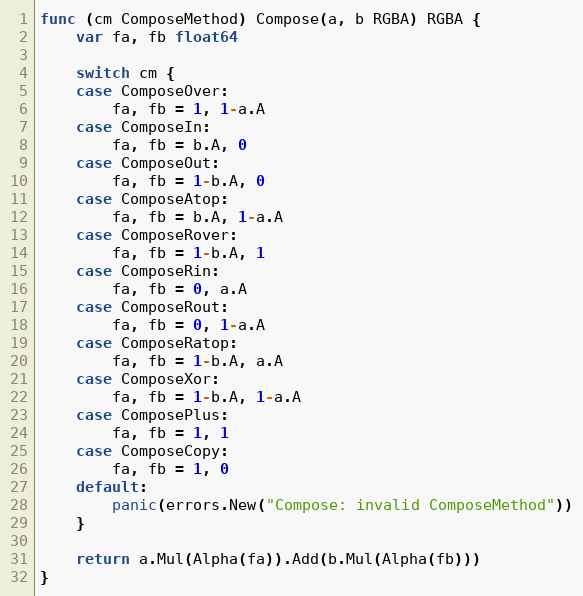
Language: Go
func (cm ComposeMethod) Compose(a, b RGBA) RGBA {
	var fa, fb float64

	switch cm {
	case ComposeOver:
		fa, fb = 1, 1-a.A
	case ComposeIn:
		fa, fb = b.A, 0
	case ComposeOut:
		fa, fb = 1-b.A, 0
	case ComposeAtop:
		fa, fb = b.A, 1-a.A
	case ComposeRover:
		fa, fb = 1-b.A, 1
	case ComposeRin:
		fa, fb = 0, a.A
	case ComposeRout:
		fa, fb = 0, 1-a.A
	case ComposeRatop:
		fa, fb = 1-b.A, a.A
	case ComposeXor:
		fa, fb = 1-b.A, 1-a.A
	case ComposePlus:
		fa, fb = 1, 1
	case ComposeCopy:
		fa, fb = 1, 0
	default:
		panic(errors.New("Compose: invalid ComposeMethod"))
	}

	return a.Mul(Alpha(fa)).Add(b.Mul(Alpha(fb)))
}